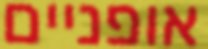
אופניים